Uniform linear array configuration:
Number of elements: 64
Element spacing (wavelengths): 1
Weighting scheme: exponential
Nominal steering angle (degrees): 30
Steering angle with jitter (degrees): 29.059
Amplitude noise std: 0.05
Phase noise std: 0.05

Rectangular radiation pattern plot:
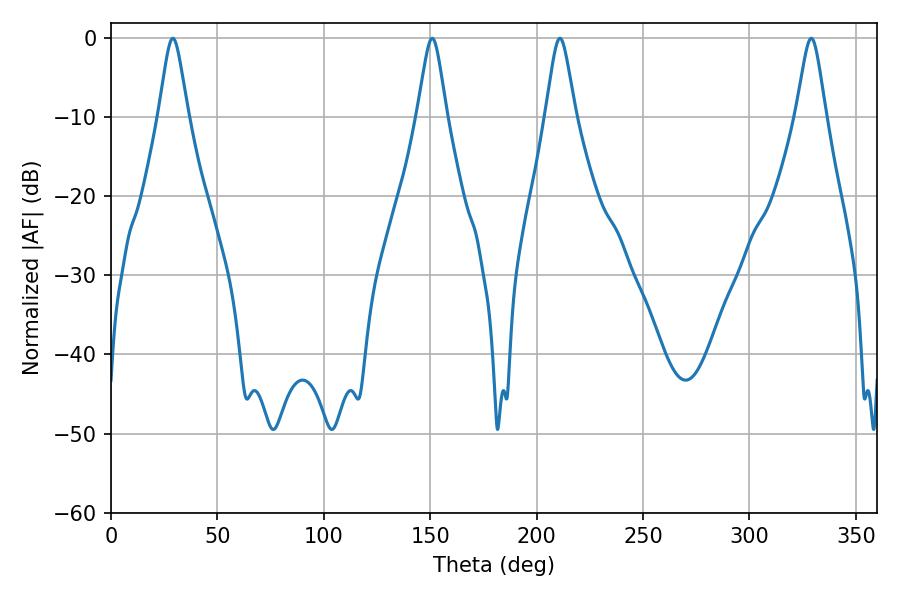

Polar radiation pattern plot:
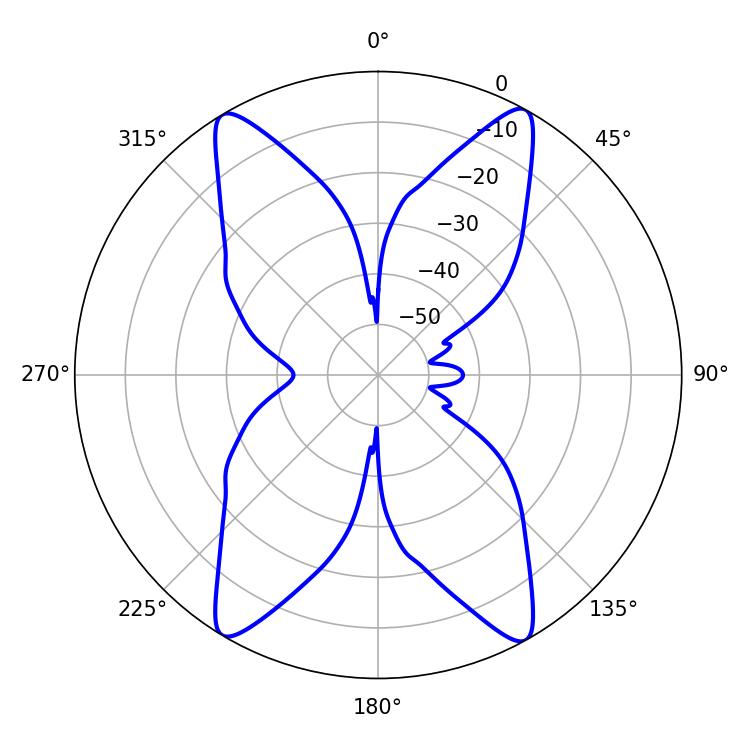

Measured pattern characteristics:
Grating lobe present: TRUE
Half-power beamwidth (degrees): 6.66
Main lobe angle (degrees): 210.96